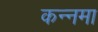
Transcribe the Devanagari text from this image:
कन्नमा